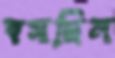
বসছিল